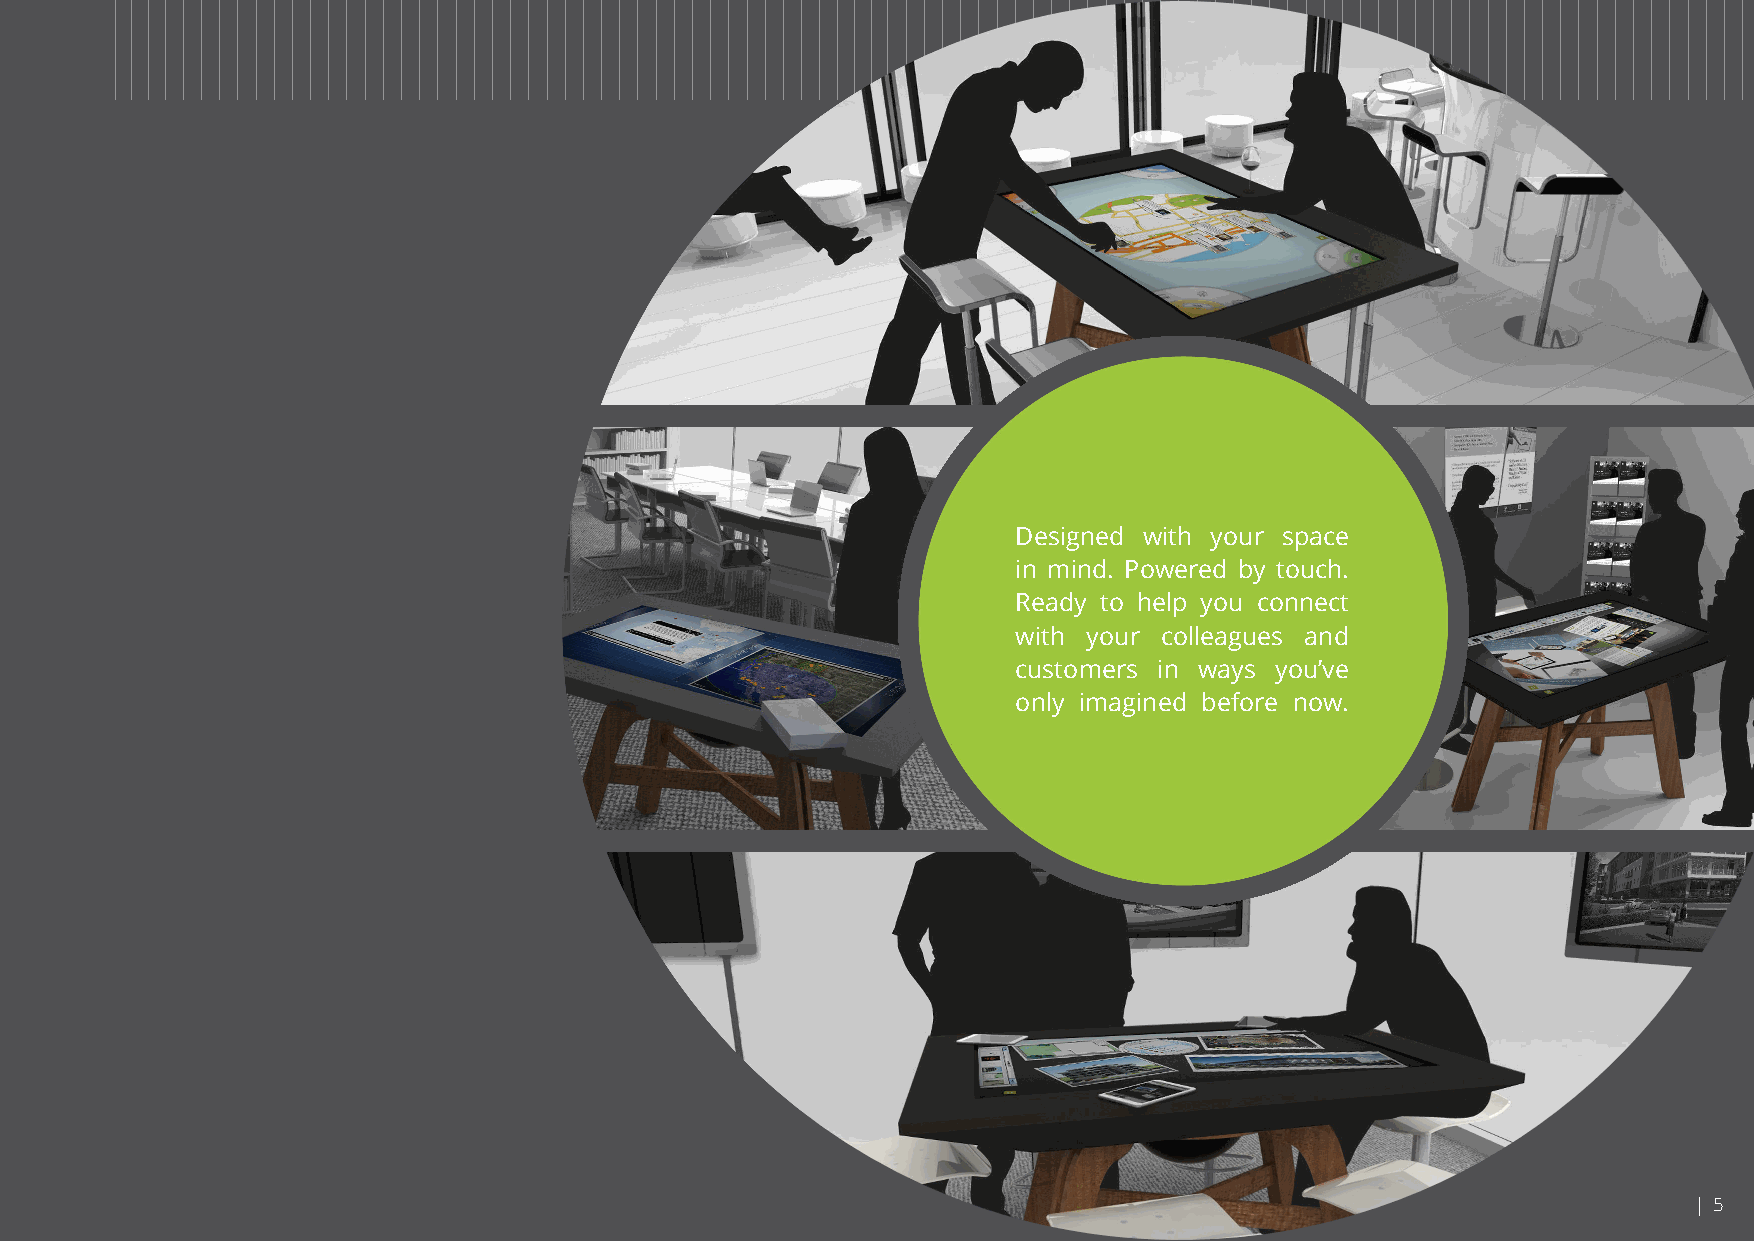
Designed with your space
 in mind. Powered by touch.
 Ready to help you connect
 with your colleagues and
 customers in ways you’ve
 only imagined before now.
 | 5